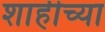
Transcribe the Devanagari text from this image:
शाहीच्या